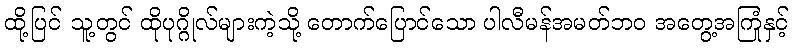
ထို့ပြင် သူ့တွင် ထိုပုဂ္ဂိုလ်များကဲ့သို့ တောက်ပြောင်သော ပါလီမန်အမတ်ဘဝ အတွေ့အကြုံနှင့်